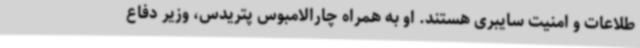
طلاعات و امنیت سایبری هستند. او به همراه چارالامبوس پتریدس، وزیر دفاع